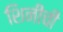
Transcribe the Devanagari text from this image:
शिनीची